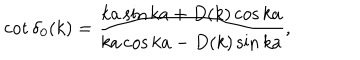
LaTeX: \cot \delta _ { 0 } ( k ) = \frac { k a \sin k a + D ( k ) \cos k a } { k a \cos k a - D ( k ) \sin k a } ,